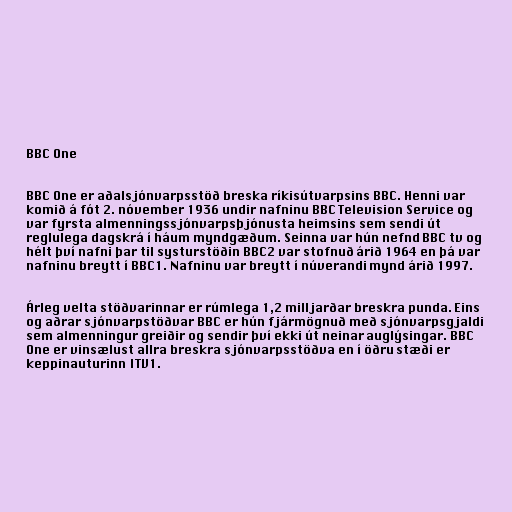
BBC One

BBC One er aðalsjónvarpsstöð breska ríkisútvarpsins BBC. Henni var
komið á fót 2. nóvember 1936 undir nafninu BBC Television Service og
var fyrsta almenningssjónvarpsþjónusta heimsins sem sendi út
reglulega dagskrá í háum myndgæðum. Seinna var hún nefnd BBC tv og
hélt því nafni þar til systurstöðin BBC2 var stofnuð árið 1964 en þá var
nafninu breytt í BBC1. Nafninu var breytt í núverandi mynd árið 1997.

Árleg velta stöðvarinnar er rúmlega 1,2 milljarðar breskra punda. Eins
og aðrar sjónvarpstöðvar BBC er hún fjármögnuð með sjónvarpsgjaldi
sem almenningur greiðir og sendir því ekki út neinar auglýsingar. BBC
One er vinsælust allra breskra sjónvarpsstöðva en í öðru stæði er
keppinauturinn ITV1.